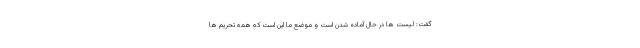
گفت: لیست ها در حال آماده شدن است و موضع ما این است که همه تحریم ها